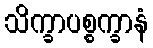
သိက္ခာပစ္စက္ခာနံ